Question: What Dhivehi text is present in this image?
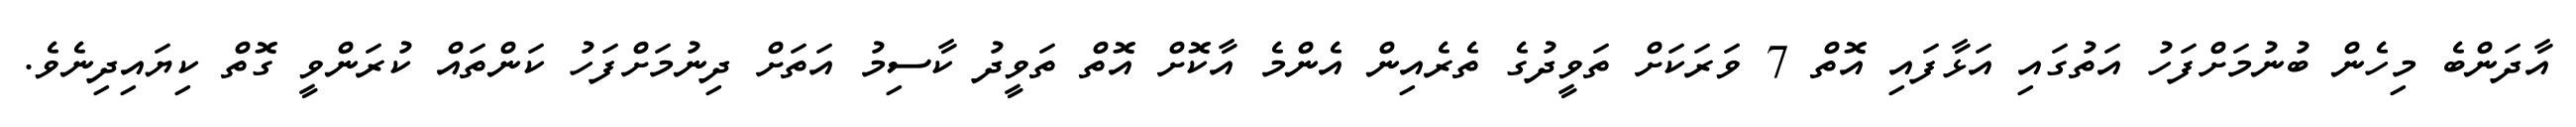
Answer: އާދަންބެ މިހެން ބުނުމަށްފަހު އަތުގައި އަޅާފައި އޮތް 7 ވަރަކަށް ތަވީދުގެ ތެރެއިން އެންމެ އާކޮށް އޮތް ތަވީދު ކާސިމު އަތަށް ދިނުމަށްފަހު ކަންތައް ކުރަންވީ ގޮތް ކިޔައިދިނެވެ.